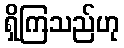
ရှိကြသည်ဟု